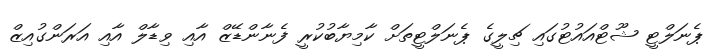
ޕެނަލްޓީ ޝޫޓްއައުޓުގައި ޗިލީގެ ޕެނަލްޓީތަށް ކާމިޔާބުކުރީ ފެނާންޑޭޒް އާއި ވިޑާލް އާއި އަރަންގުއިޒް